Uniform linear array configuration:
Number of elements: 24
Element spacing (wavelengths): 1
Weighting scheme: hamming
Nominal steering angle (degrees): -45
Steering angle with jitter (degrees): -44.415
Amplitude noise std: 0.05
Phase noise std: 0.05

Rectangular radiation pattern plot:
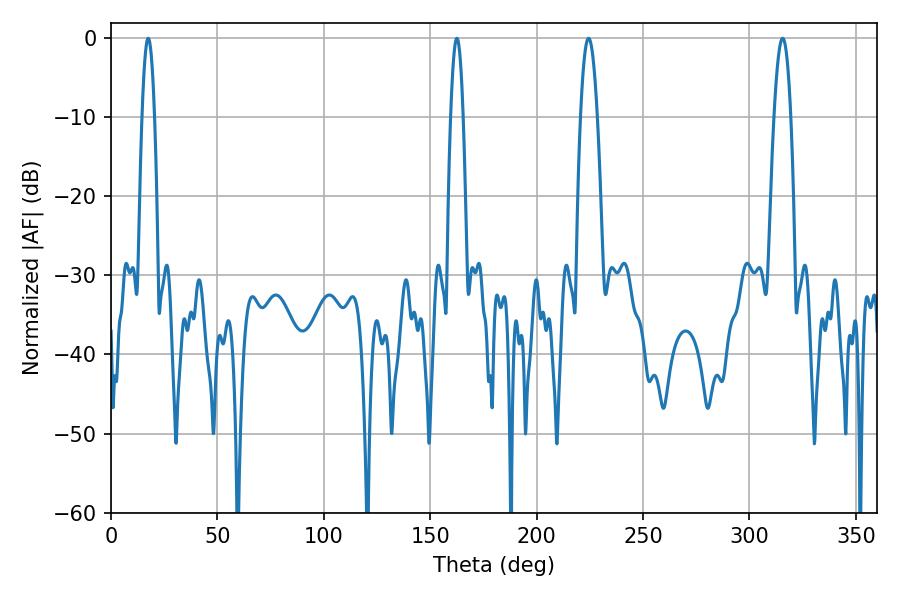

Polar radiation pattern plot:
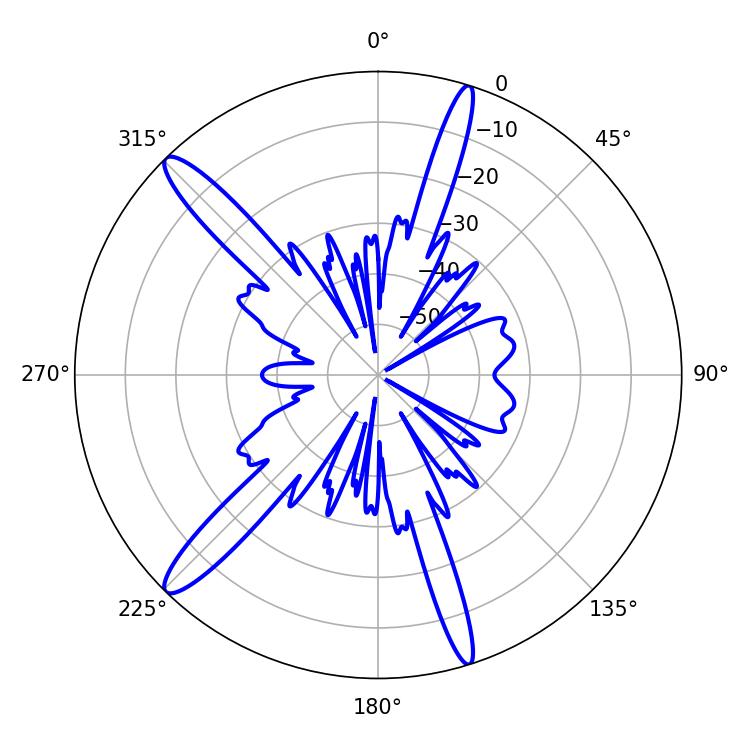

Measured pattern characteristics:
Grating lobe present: TRUE
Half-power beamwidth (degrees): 3.24
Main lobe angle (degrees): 17.46